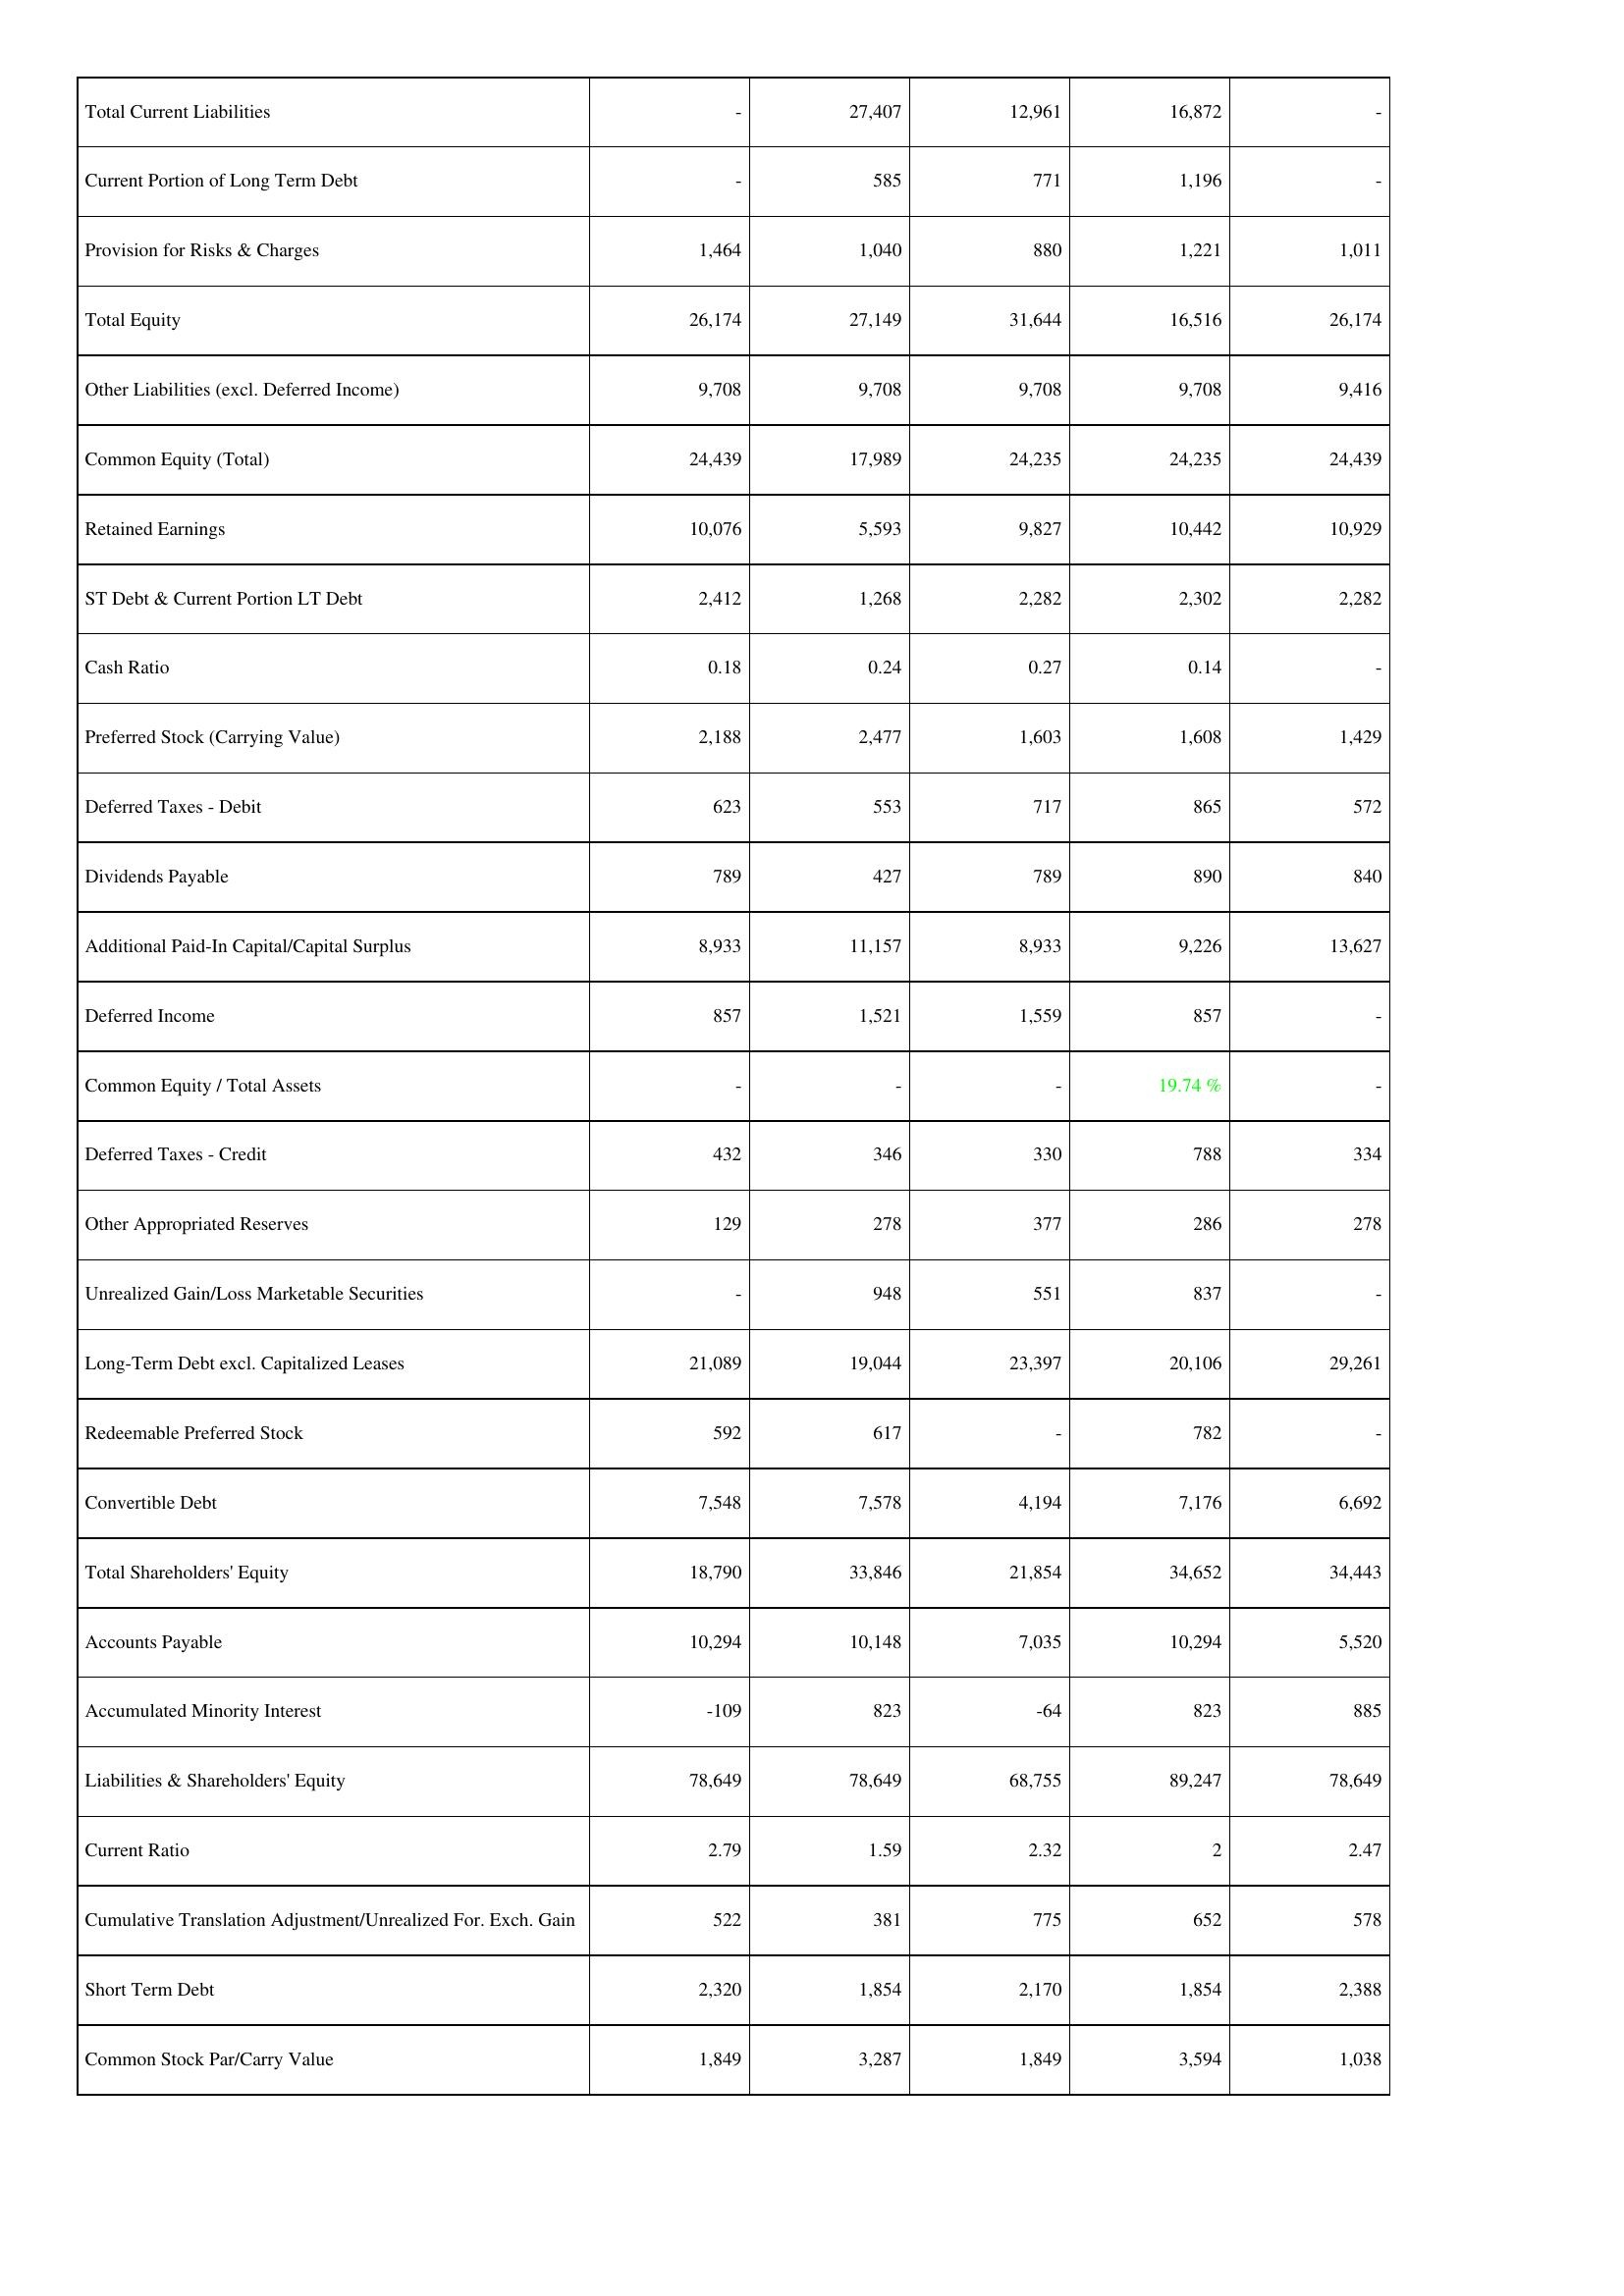
2010: Liabilities & Shareholders' Equity: Total Current Liabilities: -
Current Portion of Long Term Debt: -
Provision for Risks & Charges: 1,464
Total Equity: 26,174
Other Liabilities (excl. Deferred Income): 9,708
Common Equity (Total): 24,439
Retained Earnings: 10,076
ST Debt & Current Portion LT Debt: 2,412
Cash Ratio: 0.18
Preferred Stock (Carrying Value): 2,188
Deferred Taxes - Debit: 623
Dividends Payable: 789
Additional Paid-In Capital/Capital Surplus: 8,933
Deferred Income: 857
Common Equity / Total Assets: -
Deferred Taxes - Credit: 432
Other Appropriated Reserves: 129
Unrealized Gain/Loss Marketable Securities: -
Long-Term Debt excl. Capitalized Leases: 21,089
Redeemable Preferred Stock: 592
Convertible Debt: 7,548
Total Shareholders' Equity: 18,790
Accounts Payable: 10,294
Accumulated Minority Interest: -109
Liabilities & Shareholders' Equity: 78,649
Current Ratio: 2.79
Cumulative Translation Adjustment/Unrealized For. Exch. Gain: 522
Short Term Debt: 2,320
Common Stock Par/Carry Value: 1,849
2009: Liabilities & Shareholders' Equity: Total Current Liabilities: 27,407
Current Portion of Long Term Debt: 585
Provision for Risks & Charges: 1,040
Total Equity: 27,149
Other Liabilities (excl. Deferred Income): 9,708
Common Equity (Total): 17,989
Retained Earnings: 5,593
ST Debt & Current Portion LT Debt: 1,268
Cash Ratio: 0.24
Preferred Stock (Carrying Value): 2,477
Deferred Taxes - Debit: 553
Dividends Payable: 427
Additional Paid-In Capital/Capital Surplus: 11,157
Deferred Income: 1,521
Common Equity / Total Assets: -
Deferred Taxes - Credit: 346
Other Appropriated Reserves: 278
Unrealized Gain/Loss Marketable Securities: 948
Long-Term Debt excl. Capitalized Leases: 19,044
Redeemable Preferred Stock: 617
Convertible Debt: 7,578
Total Shareholders' Equity: 33,846
Accounts Payable: 10,148
Accumulated Minority Interest: 823
Liabilities & Shareholders' Equity: 78,649
Current Ratio: 1.59
Cumulative Translation Adjustment/Unrealized For. Exch. Gain: 381
Short Term Debt: 1,854
Common Stock Par/Carry Value: 3,287
2008: Liabilities & Shareholders' Equity: Total Current Liabilities: 12,961
Current Portion of Long Term Debt: 771
Provision for Risks & Charges: 880
Total Equity: 31,644
Other Liabilities (excl. Deferred Income): 9,708
Common Equity (Total): 24,235
Retained Earnings: 9,827
ST Debt & Current Portion LT Debt: 2,282
Cash Ratio: 0.27
Preferred Stock (Carrying Value): 1,603
Deferred Taxes - Debit: 717
Dividends Payable: 789
Additional Paid-In Capital/Capital Surplus: 8,933
Deferred Income: 1,559
Common Equity / Total Assets: -
Deferred Taxes - Credit: 330
Other Appropriated Reserves: 377
Unrealized Gain/Loss Marketable Securities: 551
Long-Term Debt excl. Capitalized Leases: 23,397
Redeemable Preferred Stock: -
Convertible Debt: 4,194
Total Shareholders' Equity: 21,854
Accounts Payable: 7,035
Accumulated Minority Interest: -64
Liabilities & Shareholders' Equity: 68,755
Current Ratio: 2.32
Cumulative Translation Adjustment/Unrealized For. Exch. Gain: 775
Short Term Debt: 2,170
Common Stock Par/Carry Value: 1,849
2007: Liabilities & Shareholders' Equity: Total Current Liabilities: 16,872
Current Portion of Long Term Debt: 1,196
Provision for Risks & Charges: 1,221
Total Equity: 16,516
Other Liabilities (excl. Deferred Income): 9,708
Common Equity (Total): 24,235
Retained Earnings: 10,442
ST Debt & Current Portion LT Debt: 2,302
Cash Ratio: 0.14
Preferred Stock (Carrying Value): 1,608
Deferred Taxes - Debit: 865
Dividends Payable: 890
Additional Paid-In Capital/Capital Surplus: 9,226
Deferred Income: 857
Common Equity / Total Assets: 19.74 %
Deferred Taxes - Credit: 788
Other Appropriated Reserves: 286
Unrealized Gain/Loss Marketable Securities: 837
Long-Term Debt excl. Capitalized Leases: 20,106
Redeemable Preferred Stock: 782
Convertible Debt: 7,176
Total Shareholders' Equity: 34,652
Accounts Payable: 10,294
Accumulated Minority Interest: 823
Liabilities & Shareholders' Equity: 89,247
Current Ratio: 2
Cumulative Translation Adjustment/Unrealized For. Exch. Gain: 652
Short Term Debt: 1,854
Common Stock Par/Carry Value: 3,594
2006: Liabilities & Shareholders' Equity: Total Current Liabilities: -
Current Portion of Long Term Debt: -
Provision for Risks & Charges: 1,011
Total Equity: 26,174
Other Liabilities (excl. Deferred Income): 9,416
Common Equity (Total): 24,439
Retained Earnings: 10,929
ST Debt & Current Portion LT Debt: 2,282
Cash Ratio: -
Preferred Stock (Carrying Value): 1,429
Deferred Taxes - Debit: 572
Dividends Payable: 840
Additional Paid-In Capital/Capital Surplus: 13,627
Deferred Income: -
Common Equity / Total Assets: -
Deferred Taxes - Credit: 334
Other Appropriated Reserves: 278
Unrealized Gain/Loss Marketable Securities: -
Long-Term Debt excl. Capitalized Leases: 29,261
Redeemable Preferred Stock: -
Convertible Debt: 6,692
Total Shareholders' Equity: 34,443
Accounts Payable: 5,520
Accumulated Minority Interest: 885
Liabilities & Shareholders' Equity: 78,649
Current Ratio: 2.47
Cumulative Translation Adjustment/Unrealized For. Exch. Gain: 578
Short Term Debt: 2,388
Common Stock Par/Carry Value: 1,038